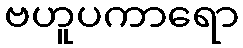
ဗဟူပကာရော